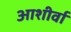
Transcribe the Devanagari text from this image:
आशीर्वा